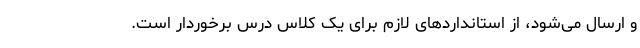
و ارسال می‌شود، از استانداردهای لازم برای یک کلاس درس برخوردار است.